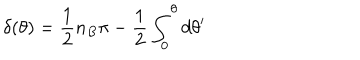
LaTeX: \delta ( \theta ) = \frac 1 2 n _ { B } \pi - \frac 1 2 \int _ { 0 } ^ { \theta } d \theta ^ { \prime }